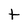
Character: t